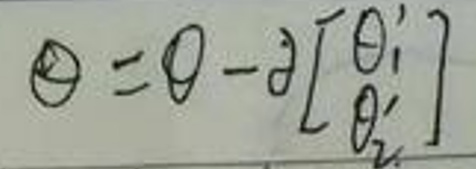
\(\Theta=\theta - \alpha\begin{bmatrix}\theta_1'\\\theta_2'\end{bmatrix}\)